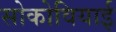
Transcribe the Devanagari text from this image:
सोकोवियाई